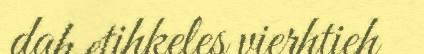
dah etihkeles vierhtieh